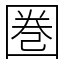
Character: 圏